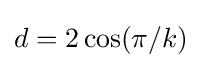
d=2\cos(\pi /k)